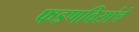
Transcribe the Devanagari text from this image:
फडणविसांचे